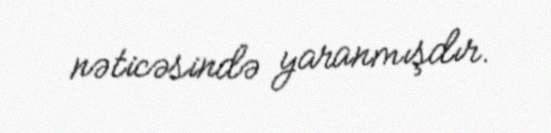
nəticəsində yaranmışdır.